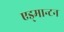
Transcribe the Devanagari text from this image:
एड्मान्टन